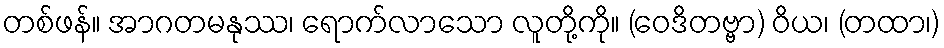
တစ်ဖန်။ အာဂတမနုဿ၊ ရောက်လာသော လူတို့ကို။ (ဝေဒိတဗ္ဗာ) ဝိယ၊ (တထာ၊)